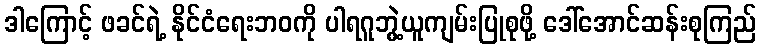
ဒါကြောင့် ဖခင်ရဲ့ နိုင်ငံရေးဘဝကို ပါရဂူဘွဲ့ယူကျမ်းပြုစုဖို့ ဒေါ်အောင်ဆန်းစုကြည်